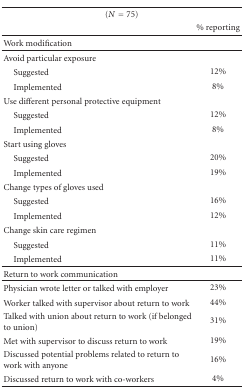
<table><thead><tr><td colspan="2"><b>(<i>N</i> = 75)</b></td></tr><tr><td></td><td><b> % reporting </b></td></tr></thead><tbody><tr><td>Work modification</td><td></td></tr><tr><td>Avoid particular exposure</td><td></td></tr><tr><td> Suggested</td><td>12%</td></tr><tr><td> Implemented</td><td>8%</td></tr><tr><td>Use different personal protective equipment</td><td></td></tr><tr><td> Suggested</td><td>12%</td></tr><tr><td> Implemented</td><td>8%</td></tr><tr><td>Start using gloves</td><td></td></tr><tr><td> Suggested</td><td>20%</td></tr><tr><td> Implemented</td><td>19%</td></tr><tr><td>Change types of gloves used</td><td></td></tr><tr><td> Suggested</td><td>16%</td></tr><tr><td> Implemented</td><td>12%</td></tr><tr><td>Change skin care regimen</td><td></td></tr><tr><td> Suggested</td><td>11%</td></tr><tr><td> Implemented</td><td>11%</td></tr><tr><td>Return to work communication</td><td></td></tr><tr><td>Physician wrote letter or talked with employer</td><td>23%</td></tr><tr><td>Worker talked with supervisor about return to work</td><td>44%</td></tr><tr><td>Talked with union about return to work (if belonged to union)</td><td>31%</td></tr><tr><td>Met with supervisor to discuss return to work</td><td>19%</td></tr><tr><td>Discussed potential problems related to return to work with anyone</td><td>16%</td></tr><tr><td>Discussed return to work with co-workers</td><td> 4%</td></tr></tbody></table>